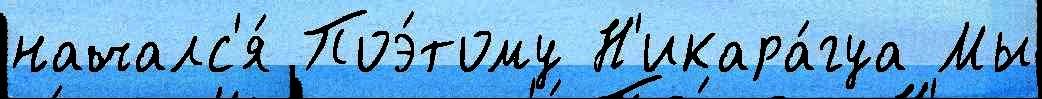
началс'я́ Поэ́тому Н'икара́гуа Мы